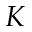
K